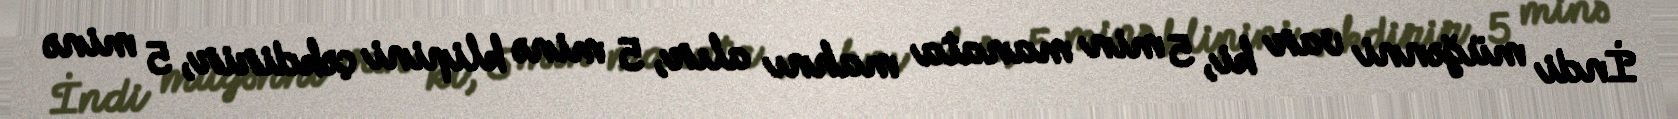
İndi müğənni var ki, 5 min manata mahnı alır, 5 minə klipini çəkdirir, 5 minə